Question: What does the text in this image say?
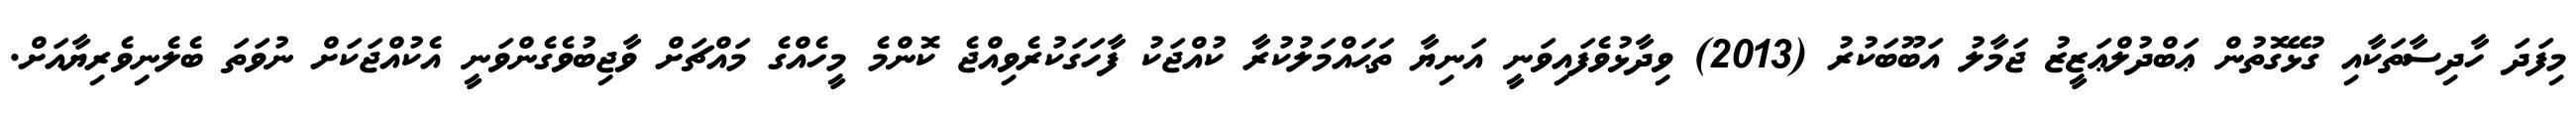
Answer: މިފަދަ ހާދިސާތަކާއި ގުޅޭގޮތުން ޢަބްދުލްޢަޒީޒު ޖަމާލު އަބޫބަކުރު (2013) ވިދާޅުވެފައިވަނީ އަނިޔާ ތަޙައްމަލުކުރާ ކުއްޖަކު ފާހަގަކުރެވިއްޖެ ކޮންމެ މީހެއްގެ މައްޗަށް ވާޖިބުވެގެންވަނީ އެކުއްޖަކަށް ނުވަތަ ބެލެނިވެރިޔާއަށް.